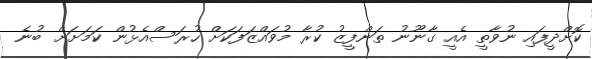
ކޮށްދީފައި ނުވާތީ އެއީ ގާނޫނު ތަންފީޒު ކުރާ މުވައްޒަފަކަށް ހުރަސްއެޅުން ކަމަށަށް ބުނެ